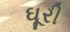
ઘૂરી